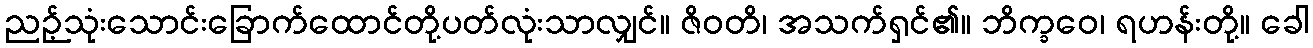
ညဉ့်သုံးသောင်းခြောက်ထောင်တို့ပတ်လုံးသာလျှင်။ ဇိဝတိ၊ အသက်ရှင်၏။ ဘိက္ခဝေ၊ ရဟန်းတို့။ ခေါ